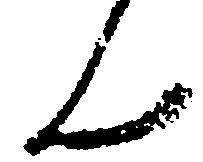
ん